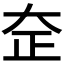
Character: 𰋞